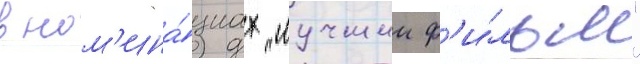
в ном'ина́циах "лучшии ф'и́льм"